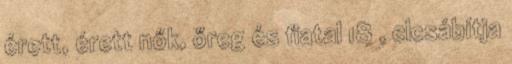
érett, érett nők, őreg és fiatal 18 , elcsábítja